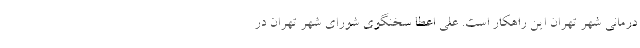
درمانی شهر تهران این راهکار است. علی اعطا سخنگوی شورای شهر تهران در